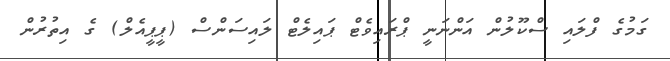
ގަމުގެ ފްލައި ސްކޫލުން އަންނަނީ ޕްރައިވެޓް ޕައިލެޓް ލައިސަންސް (ޕީޕީއެލް) ގެ އިތުރުން